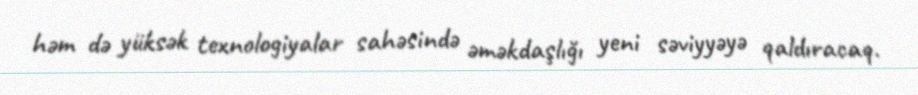
həm də yüksək texnologiyalar sahəsində əməkdaşlığı yeni səviyyəyə qaldıracaq.